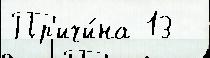
Пр'ичи́на 13